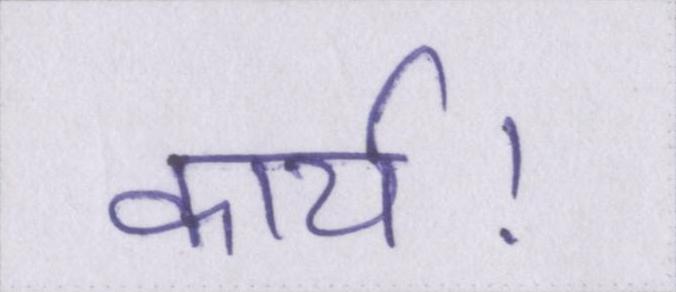
कार्य।